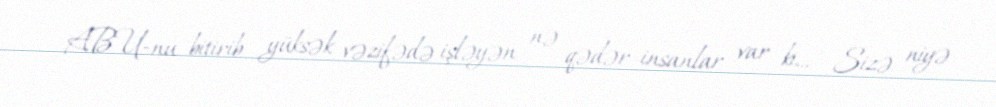
ABU-nu bitirib yüksək vəzifədə işləyən nə qədər insanlar var ki... - Sizə niyə